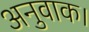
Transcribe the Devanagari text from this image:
अनुवाक।